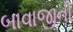
બાવાજીની